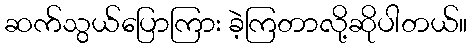
ဆက်သွယ်ပြောကြား ခဲ့ကြတာလို့ဆိုပါတယ်။